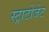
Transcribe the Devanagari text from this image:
स्ट्राटोजेट